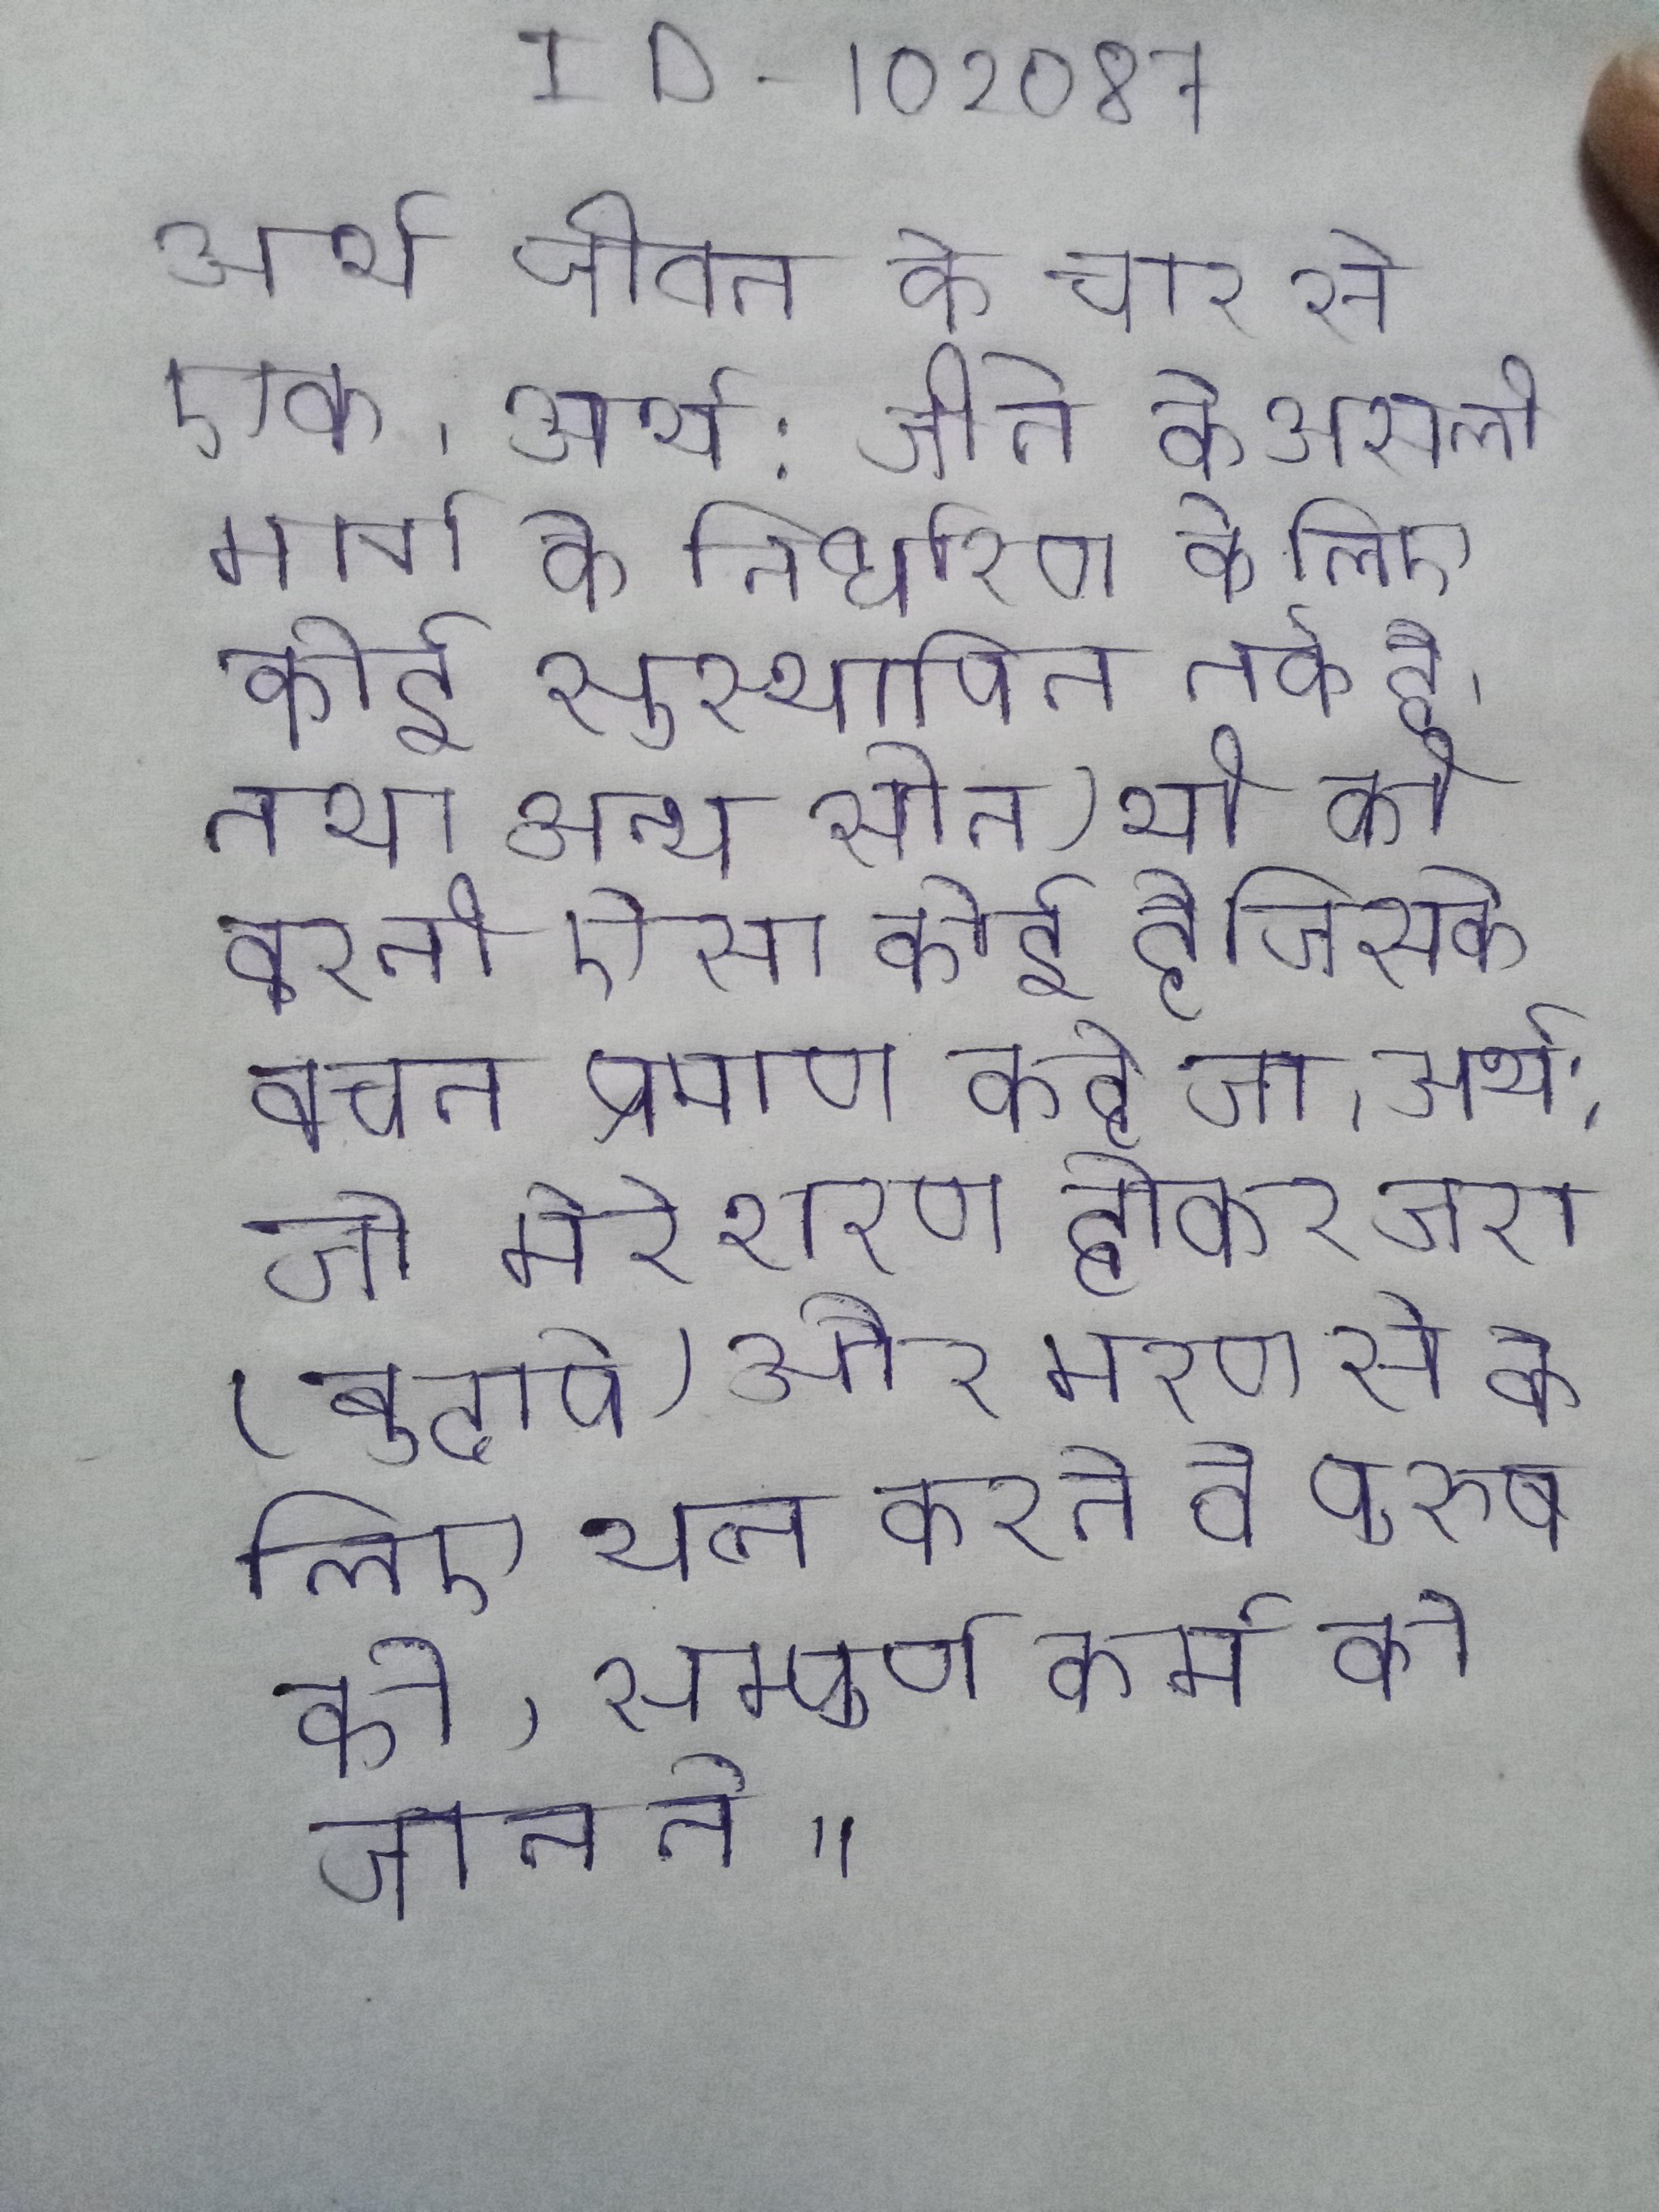
अर्थ जीवन के चार से एक । अर्थ: जीने के असली मार्ग के निर्धारण के लिए कोई सुस्थापित तर्क है, तथा अन्य स्रोत) भी की करती ऐसा कोई है जिसके वचन प्रमाण कहे जा । अर्थ: जो मेरे शरण होकर जरा (बुढापे) और मरण (मृत्यु) से छूटने के लिए यत्न करते वे पुरुष उस ब्रह्म को, सम्पूर्ण अध्यात्म को, सम्पूर्ण कर्म को जानते ॥